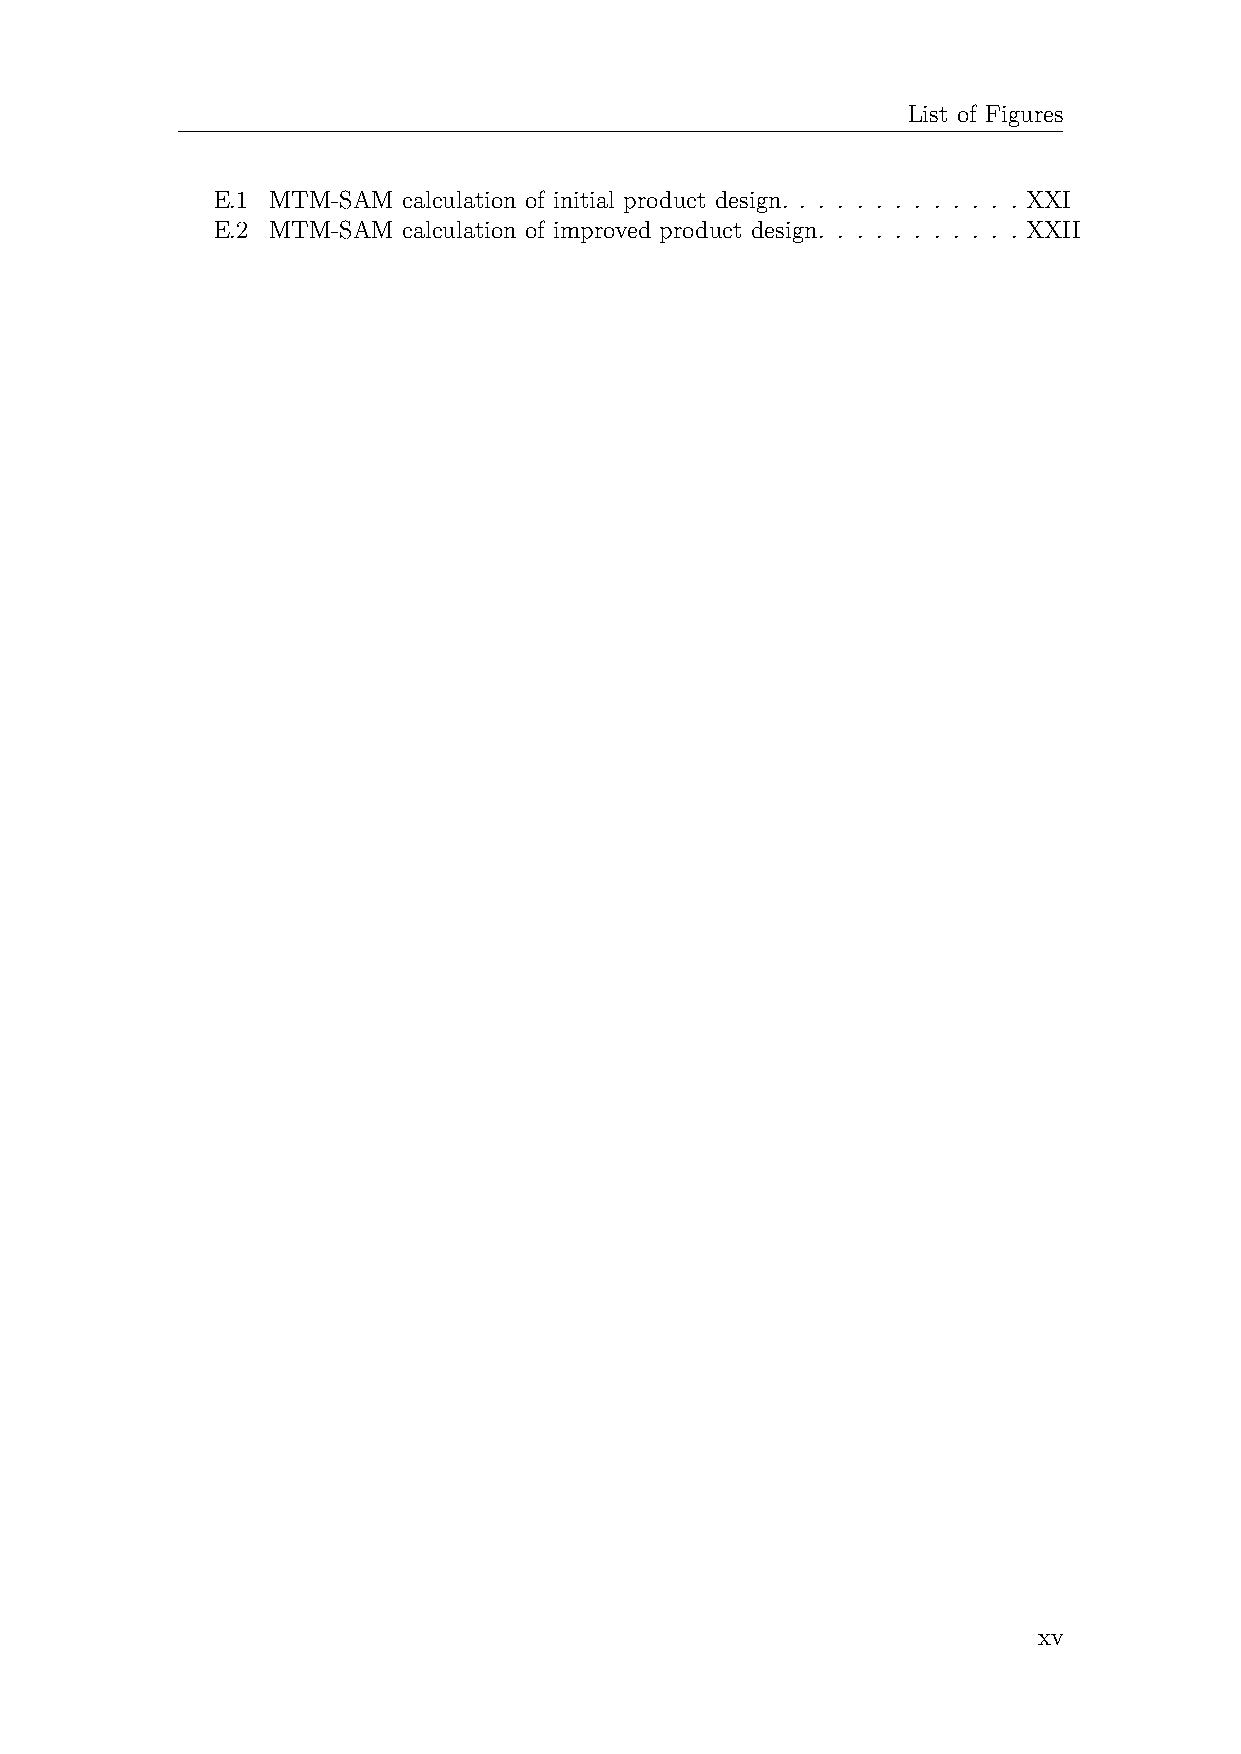
List of Figures
 E.1 MTM-SAM  calculation of initial product design. . . . . . . . . . . . . XXI
 E.2 MTM-SAM  calculation of improved product design. . . . . . . . . . . XXII
 xv